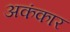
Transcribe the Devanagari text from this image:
अकंकार